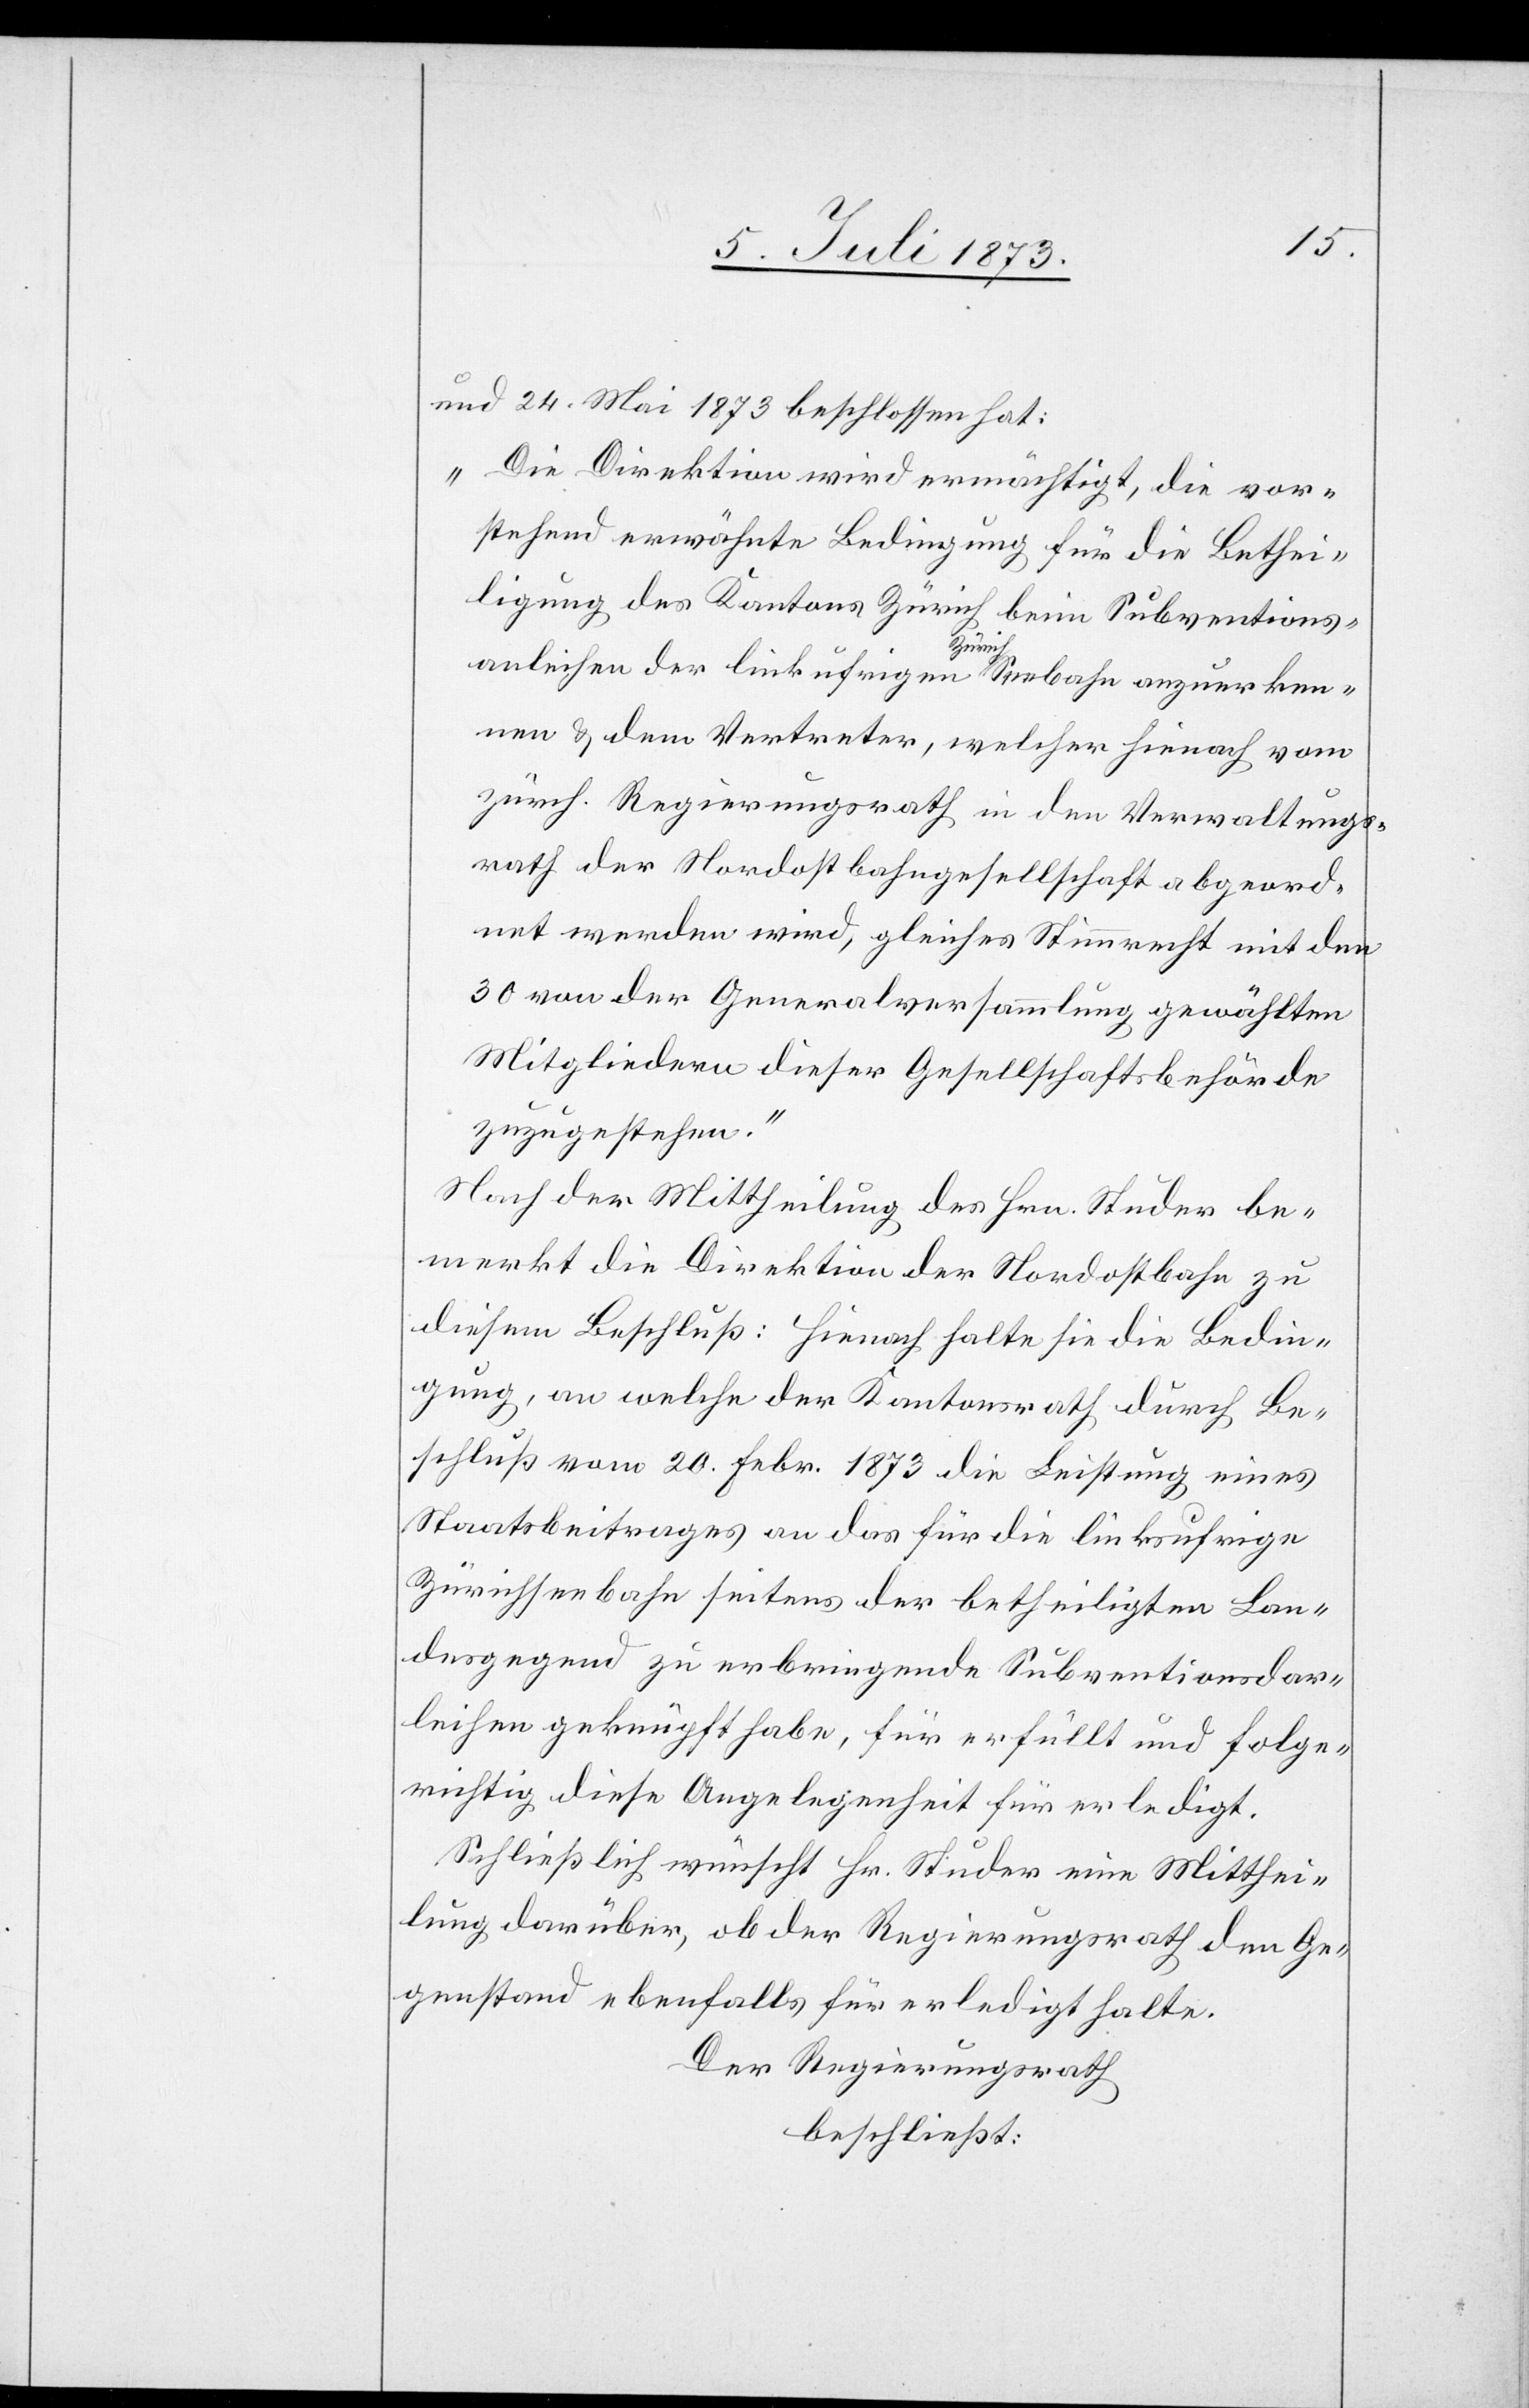
und 24. Mai 1873 beschlossen hat:
„Die Direktion wird ermächtigt, die vor¬
stehend erwähnte Bedingung für die Bethei¬
ligung des Kantons Zürich beim Subventions¬
anleihen der linkufrigen Zürich-Seebahn anzuerken¬
nen & dem Vertreter, welcher hienach vom
zürch. Regierungsrath in den Verwaltungs¬
rath der Nordostbahngesellschaft abgeord¬
net werden wird, gleiches Stimmrecht mit den
30 von der Generalversammlung gewählten
Mitgliedern dieser Gesellschaftsbehörde
zuzugestehen.“
Nach der Mittheilung des Hrn. Studer be¬
merkt die Direktion der Nordostbahn zu
diesem Beschluß: Hienach halte sie die Bedin¬
gung, an welche der Kantonsrath durch Be¬
schluß vom 20. Febr. 1873 die Leistung eines
Staatsbeitrages an das für die linksufrige
Zürichseebahn seitens der betheiligten Lan¬
desgegend zu erbringende Subventionsdar¬
leihen geknüpft habe, für erfüllt und folge¬
richtig diese Angelegenheit für erledigt.
Schließlich wünscht Hr. Studer eine Mitthei¬
lung darüber, ob der Regierungsrath den Ge¬
genstand ebenfalls für erledigt halte.
Der Regierungsrath
beschließt: